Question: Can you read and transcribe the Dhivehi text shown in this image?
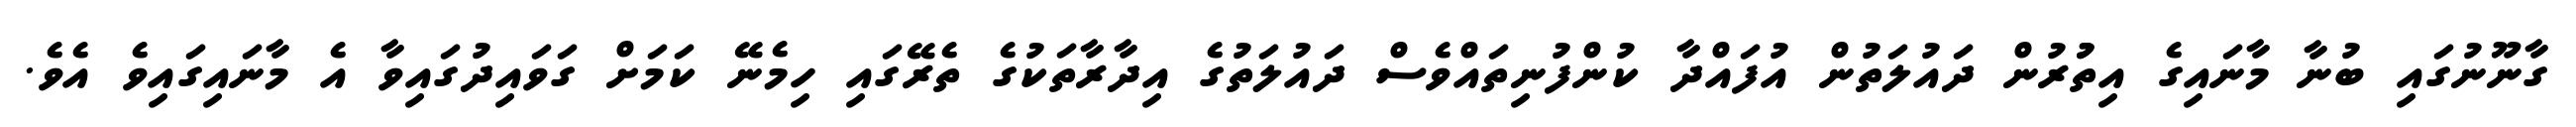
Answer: ގާނޫނުގައި ބުނާ މާނައިގެ އިތުުރުން ދައުލަތުން އުފައްދާ ކުންފުނިތައްވެސް ދައުލަތުގެ އިދާރާތަކުގެ ތެރޭގައި ހިމެނޭ ކަމަށް ގަވައިދުގައިވާ އެ މާނައިގައިވެ އެވެ.